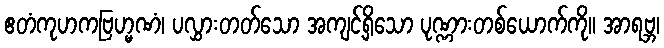
ဧတံကုဟကဗြဟ္မဏံ၊ ပလွှားတတ်သော အကျင့်ရှိသော ပုဏ္ဏားတစ်ယောက်ကို။ အာရဗ္ဘ၊